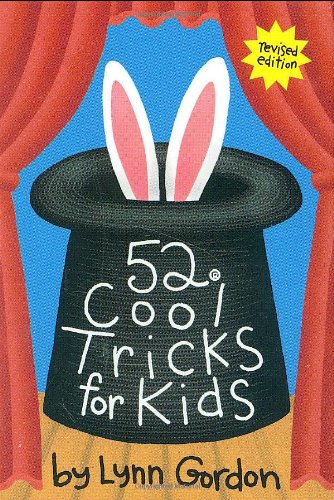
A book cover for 52 Series: Cool Tricks for Kids; Chronicle Books; Teen & Young Adult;